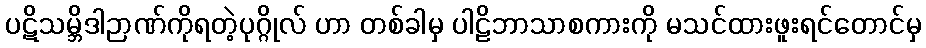
ပဋိသမ္ဘိဒါဉာဏ်ကိုရတဲ့ပုဂ္ဂိုလ် ဟာ တစ်ခါမှ ပါဠိဘာသာစကားကို မသင်ထားဖူးရင်တောင်မှ